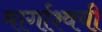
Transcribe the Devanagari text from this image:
मार्गाश्वयी